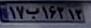
۱۷ب۱۶۳۱۳